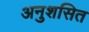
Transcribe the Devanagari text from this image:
अनुशसित